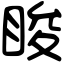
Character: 睃